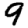
Digit: 9